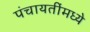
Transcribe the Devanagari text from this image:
पंचायतींमध्ये